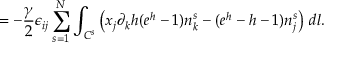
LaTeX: = - \frac { \gamma } { 2 } \epsilon _ { i j } \sum _ { s = 1 } ^ { N } \int _ { C ^ { s } } \left( x _ { j } \partial _ { k } h ( e ^ { h } - 1 ) n _ { k } ^ { s } - ( e ^ { h } - h - 1 ) n _ { j } ^ { s } \right) \, d l .